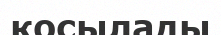
қосылады